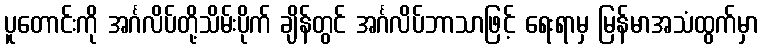
ပူတောင်းကို အင်္ဂလိပ်တို့သိမ်းပိုက် ချိန်တွင် အင်္ဂလိပ်ဘာသာဖြင့် ရေးရာမှ မြန်မာအသံထွက်မှာ